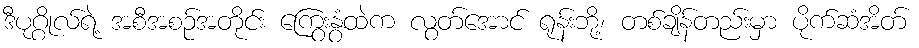
ဒီပုဂ္ဂိုလ်ရဲ့ အစီအစဉ်အတိုင်း ကြွေးနွံထဲက လွတ်အောင် ရုန်းဘို့၊ တစ်ချိန်တည်းမှာ ပိုက်ဆံအိတ်